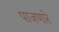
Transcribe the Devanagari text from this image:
पाजणारे